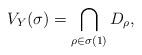
LaTeX: \begin{align*} V_Y(\sigma) = \bigcap_{\rho\in\sigma(1)} D_\rho,\end{align*}